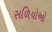
સળિયોઓ